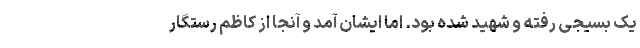
یک بسیجی رفته و شهید شده بود. اما ایشان آمد و آنجا از کاظم رستگار